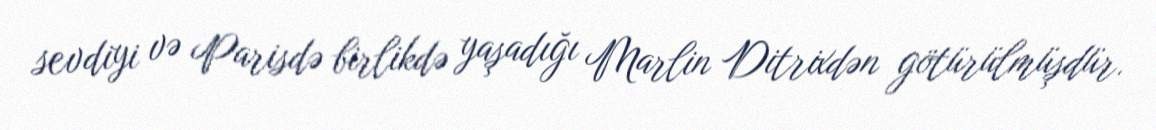
sevdiyi və Parisdə birlikdə yaşadığı Marlin Ditrixdən götürülmüşdür.